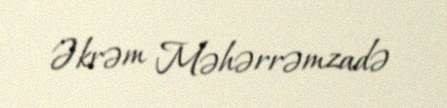
Əkrəm Məhərrəmzadə